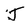
Character: J